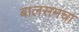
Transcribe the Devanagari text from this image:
बालसमचा